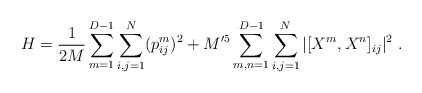
\begin{align*}H = \frac{1}{2M} \sum_{m=1}^{D-1} \sum_{i,j = 1}^{N} (p_{ij}^m)^2+ M'^5 \sum_{m,n=1}^{D-1} \sum_{i,j = 1}^{N} |[X^m,X^n]_{ij}|^2\ .\end{align*}